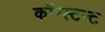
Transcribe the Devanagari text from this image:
कॉन्स्टन्ट